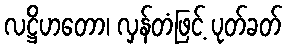
လဋ္ဌိဟတော၊ လှန်တံဖြင့် ပုတ်ခတ်